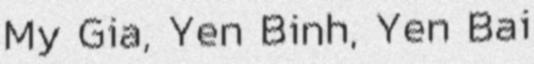
My Gia, Yen Binh, Yen Bai